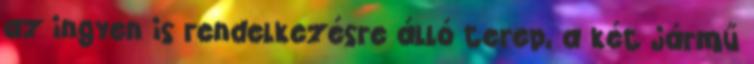
az ingyen is rendelkezésre álló terep, a két jármű